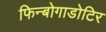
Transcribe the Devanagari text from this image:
फिन्बोगाडोटिर